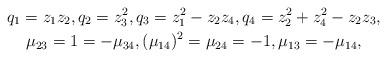
LaTeX: \begin{gather*} q_1 = z_1 z_2, q_2 = z_3^2, q_3 = z_1^2 - z_2z_4, q_4 = z_2^2 + z_4^2 - z_2z_3,\\\mu_{23} = 1 = -\mu_{34}, (\mu_{14})^2 = \mu_{24} = -1,\mu_{13} = -\mu_{14},\end{gather*}